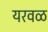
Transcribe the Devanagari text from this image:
यरवळ